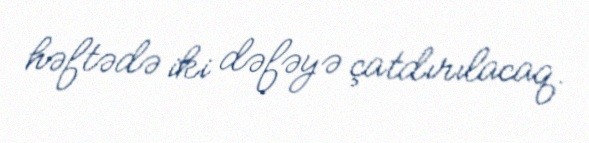
həftədə iki dəfəyə çatdırılacaq.